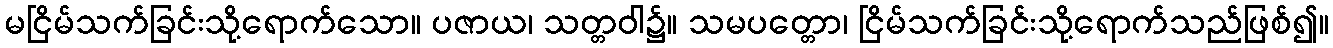
မငြိမ်သက်ခြင်းသို့ရောက်သော။ ပဇာယ၊ သတ္တဝါ၌။ သမပတ္တော၊ ငြိမ်သက်ခြင်းသို့ရောက်သည်ဖြစ်၍။